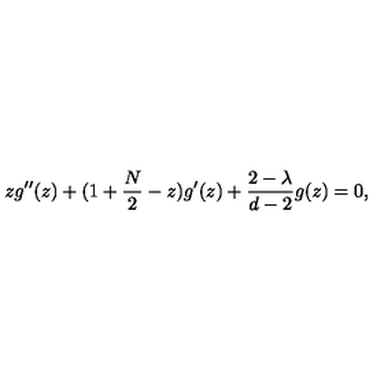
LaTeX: z g ^ { \prime \prime } ( z ) + ( 1 + \frac { N } { 2 } - z ) g ^ { \prime } ( z ) + \frac { 2 - \lambda } { d - 2 } g ( z ) = 0 ,